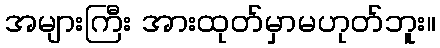
အများကြီး အားထုတ်မှာမဟုတ်ဘူး။